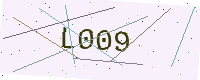
Text: L009